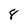
Character: 8